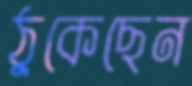
ঠুকেছেন